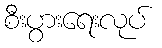
စီးပွားရေးလုပ်